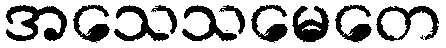
အသေသမေတေ